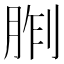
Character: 𪱢